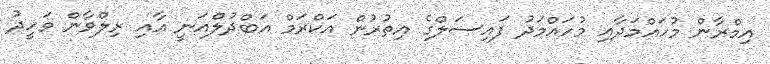
އިމްރާން މުހައްމަދާއި މުހައްމަދު ފައިސަލްގެ އިތުރުން އަކްރަމް އަބްދުލްޣަނީ އާއި ރިލްވާން ވަހީދު